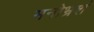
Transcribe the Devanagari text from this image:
मनोभ्रशं